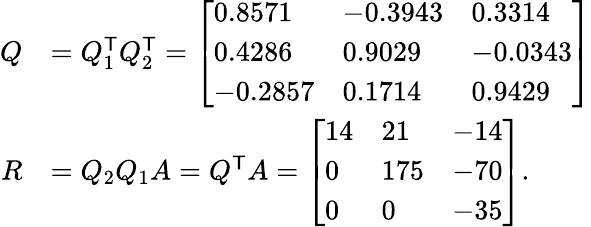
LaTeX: {\begin{array}{rl}{Q}&{=Q_{1}^{\textsf{T}}Q_{2}^{\textsf{T}}={\left[\begin{array}{lll}{0.8571}&{-0.3943}&{0.3314}\\ {0.4286}&{0.9029}&{-0.0343}\\ {-0.2857}&{0.1714}&{0.9429}\end{array}\right]}}\\ {R}&{=Q_{2}Q_{1}A=Q^{\textsf{T}}A={\left[\begin{array}{lll}{14}&{21}&{-14}\\ {0}&{175}&{-70}\\ {0}&{0}&{-35}\end{array}\right]}.}\end{array}}